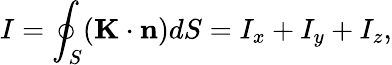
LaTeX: I=\oint_{S}(\mathbf{K}\cdot\mathbf{n})dS=I_{x}+I_{y}+I_{z},